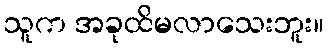
သူက အခုထိမလာသေးဘူး။